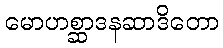
မောဟစ္ဆာဒနဆာဒိတော